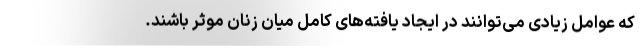
که عوامل زیادی می‌توانند در ایجاد یافته‌های کامل میان زنان موثر باشند.